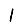
Digit: 1